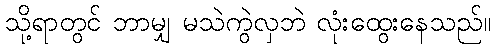
သို့ရာတွင် ဘာမျှ မသဲကွဲလှဘဲ လုံးထွေးနေသည်။